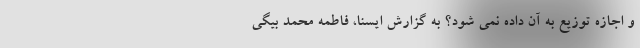
و اجازه توزیع به آن داده نمی شود؟ به گزارش ایسنا، فاطمه محمد بیگی